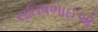
સતિષભાઈએ